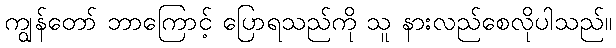
ကျွန်တော် ဘာကြောင့် ပြောရသည်ကို သူ နားလည်စေလိုပါသည်။